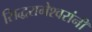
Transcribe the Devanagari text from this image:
सिद्धरामेश्वरांनी